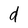
Character: d